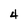
Character: 4